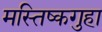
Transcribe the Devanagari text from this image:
मस्तिष्कगुहा